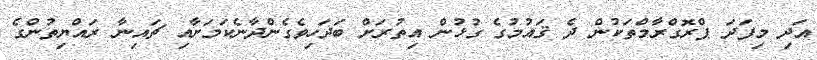
އަދި މިފަދަ ޕްރޮގްރާމްތަކުން ދެ ޤައުމުގެ ގުޅުން އިތުރަށް ބަދަހިވެގެންދާނެކަމަށާއި ޗައިނާ ރައްޔިތުންގެ